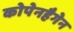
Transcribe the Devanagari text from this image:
कोपेनहैगेन